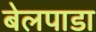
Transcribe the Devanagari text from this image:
बेलपाडा